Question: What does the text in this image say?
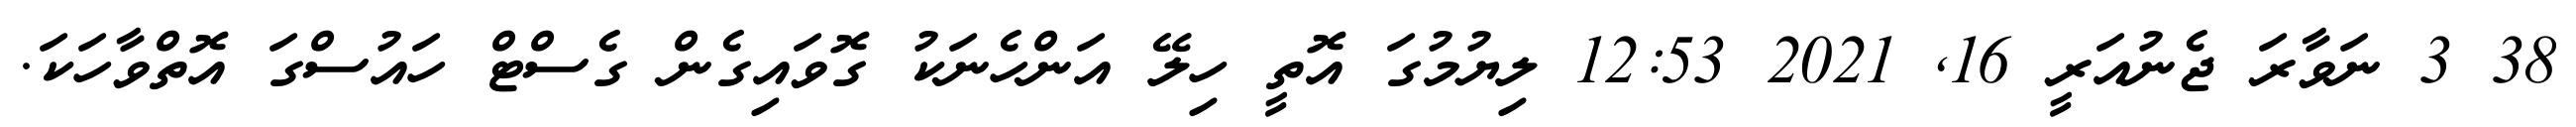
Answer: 38 3 ނަވާރަ ޖެނުއަރީ 16, 2021 12:53 ލިޔުމުގަ އޮތީ ހިލޭ އަންހެނަކު ގޮވައިގެން ގެސްޓް ހައުސްގަ އޮތްވާހަކަ.